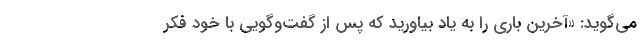
می‌گوید: «آخرین باری را به یاد بیاورید که پس از گفت‌وگویی با خود فکر